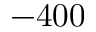
- 4 0 0